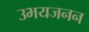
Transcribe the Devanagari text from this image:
उभयजनन